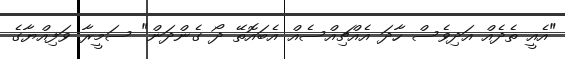
"އެއީ ތެދެއް އަދިވެސް ހާދަ އެއްޗިއްސެއް އެބައޮތޭ ދޯ ގެންދަން" ސަމީރާ ވަފިއްޔާގެ